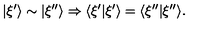
| \xi ^ { \prime } \rangle \sim | \xi ^ { \prime \prime } \rangle \Rightarrow \langle \xi ^ { \prime } | \xi ^ { \prime } \rangle = \langle \xi ^ { \prime \prime } | \xi ^ { \prime \prime } \rangle .